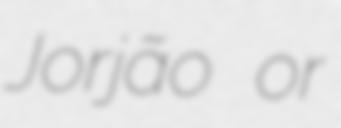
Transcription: Jorjão or